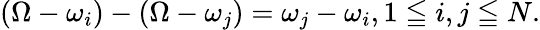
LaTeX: \left(\Omega-\omega_{i}\right)-\left(\Omega-\omega_{j}\right)=\omega_{j}-\omega_{i},1\leqq i,j\leqq N.